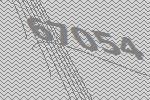
67054